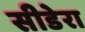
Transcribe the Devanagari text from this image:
सीडेरा